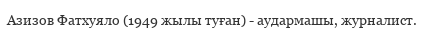
Азизов Фатхуяло (1949 жылы туған) - аудармашы, журналист.